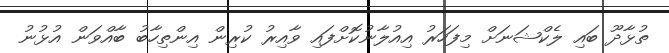
ތުޅާދޫ ބައި ލެކްޝަނަށް މިފަހަރު އިއުލާނުކޮށްފައި ވާއިރު ކުރިން އިންތިހާބު ބާއްވަން އުޅުނު